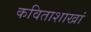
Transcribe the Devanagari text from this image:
कविताशाखां